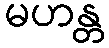
မဟန္တ